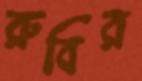
রুবির